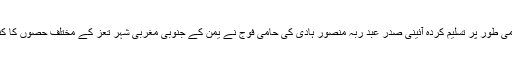
یک دوسری پیش رفت میں بین الاقوامی طور پر تسلیم کردہ آئینی صدر عبد ربہ منصور ہادی کی حامی فوج نے یمن کے جنوبی مغربی شہر تعز کے مختلف حصوں کا کنڑول حوثی باغیوں سے واپس لے لیا۔